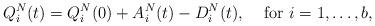
LaTeX: \begin{align*}Q_i^N(t)=Q_i^N(0)+A_i^N(t)-D_i^N(t),&\quad\mbox{ for }i=1,\ldots, b,\end{align*}